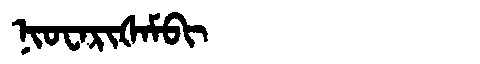
Manchu: ᠨᡳᠣᠸᠠᡵᡳᡧᠠᠮᠪᡳ
Romanization: NIOWARIŠAMBI